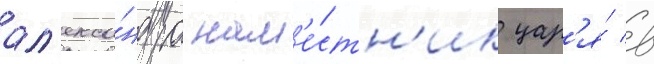
ал'екса́ндра нам'е́стн'ик цар'я́ в